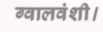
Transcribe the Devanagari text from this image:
ग्वालवंशी।